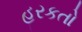
હરકતો